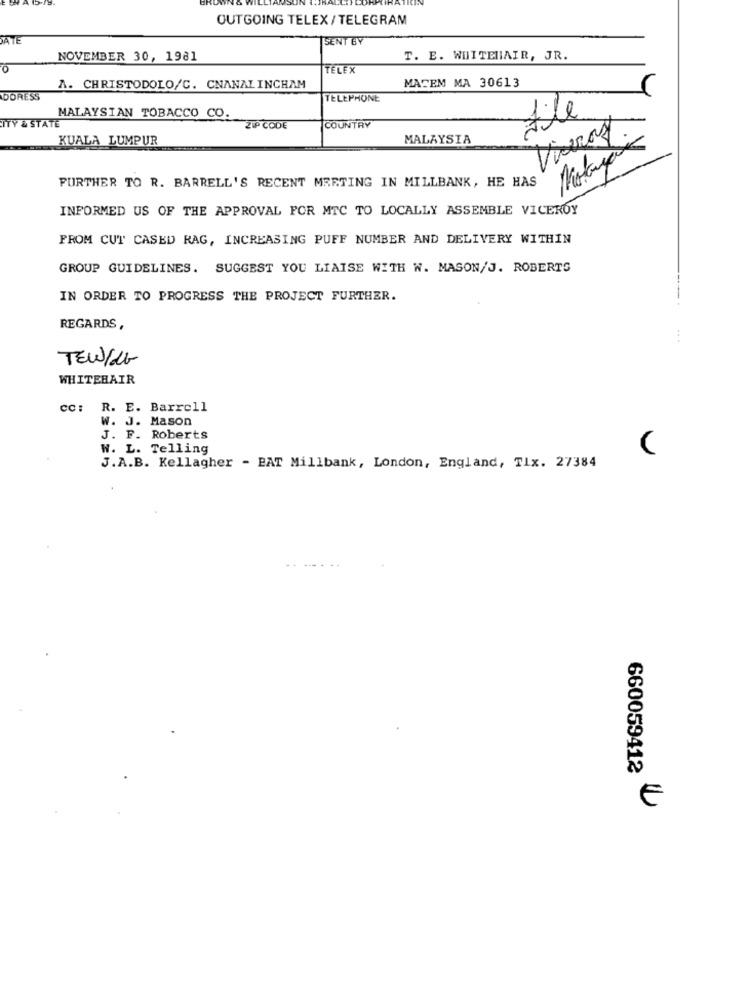
OUTGOING TELEX/ TELEGRAM
ATE
SENT BY
NOVEMBER 30, 1981
T. E. WHITEHAIR, JR.
TELEX
MACEM MA 30613
A. CHRISTODOLO/C. CNANALINCHAM
DORESS
TELEPHONE
MALAYSIAN TOBACCO CO.
Site
ITY & STATE
ZIP CODE
COUNTRY
KUALA LUMPUR
MALAYSIA
FURTHER TO R. BARRELL'S RECENT MEETING IN MILLBANK, HE HAS
INFORMED US OF THE APPROVAL FOR MTC TO LOCALLY ASSEMBLE VICEROY
FROM CUT CASED RAG, INCREASING PUFF NUMBER AND DELIVERY WITHIN
GROUP GUIDELINES. SUGGEST YOU LIAISE WITH W. MASON/J. ROBERTS
IN ORDER TO PROGRESS THE PROJECT FURTHER.
--
REGARDS,
.. .
TEW/Lb
WHITEHAIR
cc: R. E. Barrell
W. J. Mason
J. F. Roberts
W. L. Telling
J.A.B. Kellagher - PAT Millbank, London, England, Tix. 27384
660059412
E